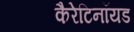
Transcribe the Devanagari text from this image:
कैरेटिनॉयड